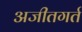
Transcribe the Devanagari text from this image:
अजीतगर्त